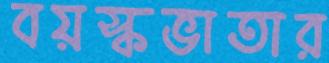
বয়স্কভাতার